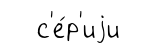
с'е́р'иjи